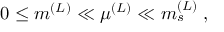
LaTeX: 0 \leq m ^ { ( L ) } \ll \mu ^ { ( L ) } \ll m _ { s } ^ { ( L ) } \; ,